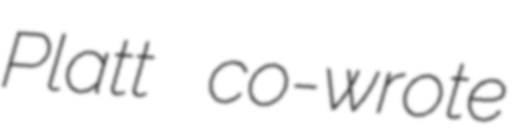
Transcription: Platt co-wrote